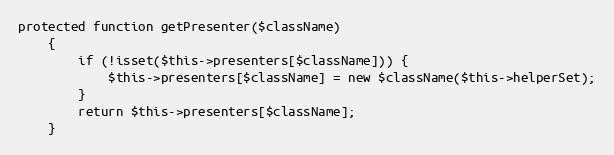
Language: PHP
protected function getPresenter($className)
    {
        if (!isset($this->presenters[$className])) {
            $this->presenters[$className] = new $className($this->helperSet);
        }
        return $this->presenters[$className];
    }